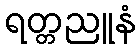
ရတ္တညူနံ